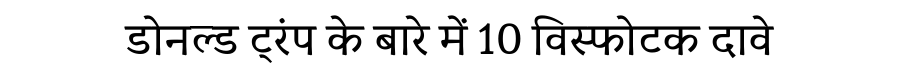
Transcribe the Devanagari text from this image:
डोनल्ड ट्रंप के बारे में 10 विस्फोटक दावे